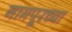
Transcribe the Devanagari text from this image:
नामपूरच्या